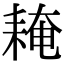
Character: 䎨